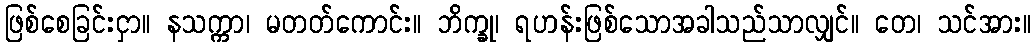
ဖြစ်စေခြင်းငှာ။ နသက္ကာ၊ မတတ်ကောင်း။ ဘိက္ခု၊ ရဟန်းဖြစ်သောအခါသည်သာလျှင်။ တေ၊ သင်အား။